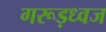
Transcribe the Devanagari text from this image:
गरूड़ध्वज